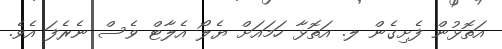
އަތޮޅުން ފެށިގެން ލ. އަތޮޅާ ހަމައަށް ޔެލޯ އެލާޓް ވެސް ނެރެފަ އެވެ.